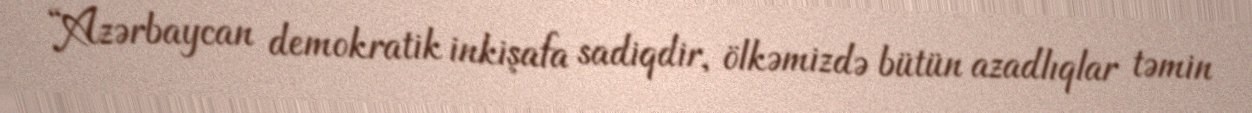
“Azərbaycan demokratik inkişafa sadiqdir, ölkəmizdə bütün azadlıqlar təmin